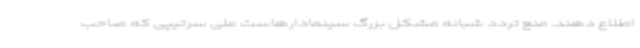
اطلاع دهند. منع تردد شبانه مشکل بزرگ سینمادارهاست علی سرتیپی که صاحب